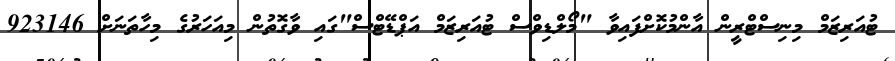
ޓުއަރިޒަމް މިނިސްޓްރީން އާންމުކޮށްފައިވާ "މޯލްޑިވްސް ޓުއަރިޒަމް އަޕްޑޭޓްސް"ގައި ވާގޮތުން މިއަހަރުގެ މިހާތަނަށް 923146